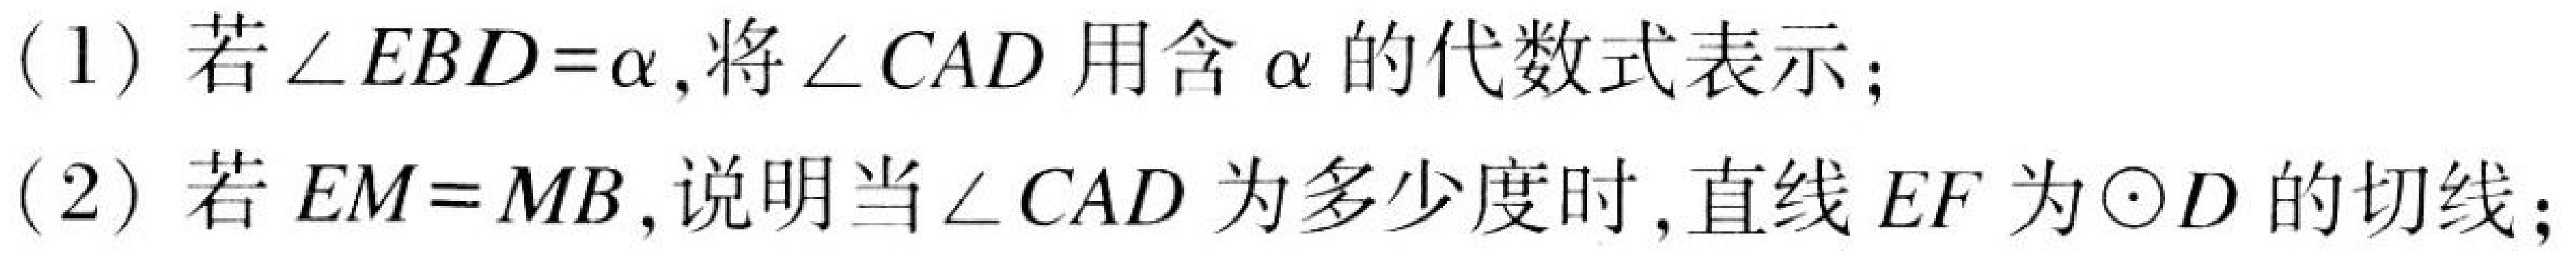
(1) 若\(\angle EBD = \alpha\),将\(\angle CAD\)用含\(\alpha\)的代数式表示；
(2) 若\(EM = MB\),说明当\(\angle CAD\)为多少度时,直线\(EF\)为\(\odot D\)的切线；